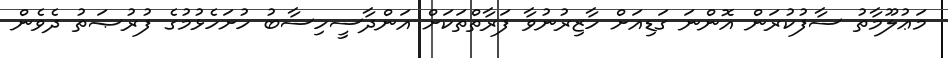
މަޢުލޫމާތު ސާފުކުރަން އޮންނަ ގަޑިއަށް ހާޒިރުނުވާ ފަރާތްތަކަށް އަންދާސީހިސާބު ހުށަހެޅުމުގެ ފުރުޞަތު ދެވެން